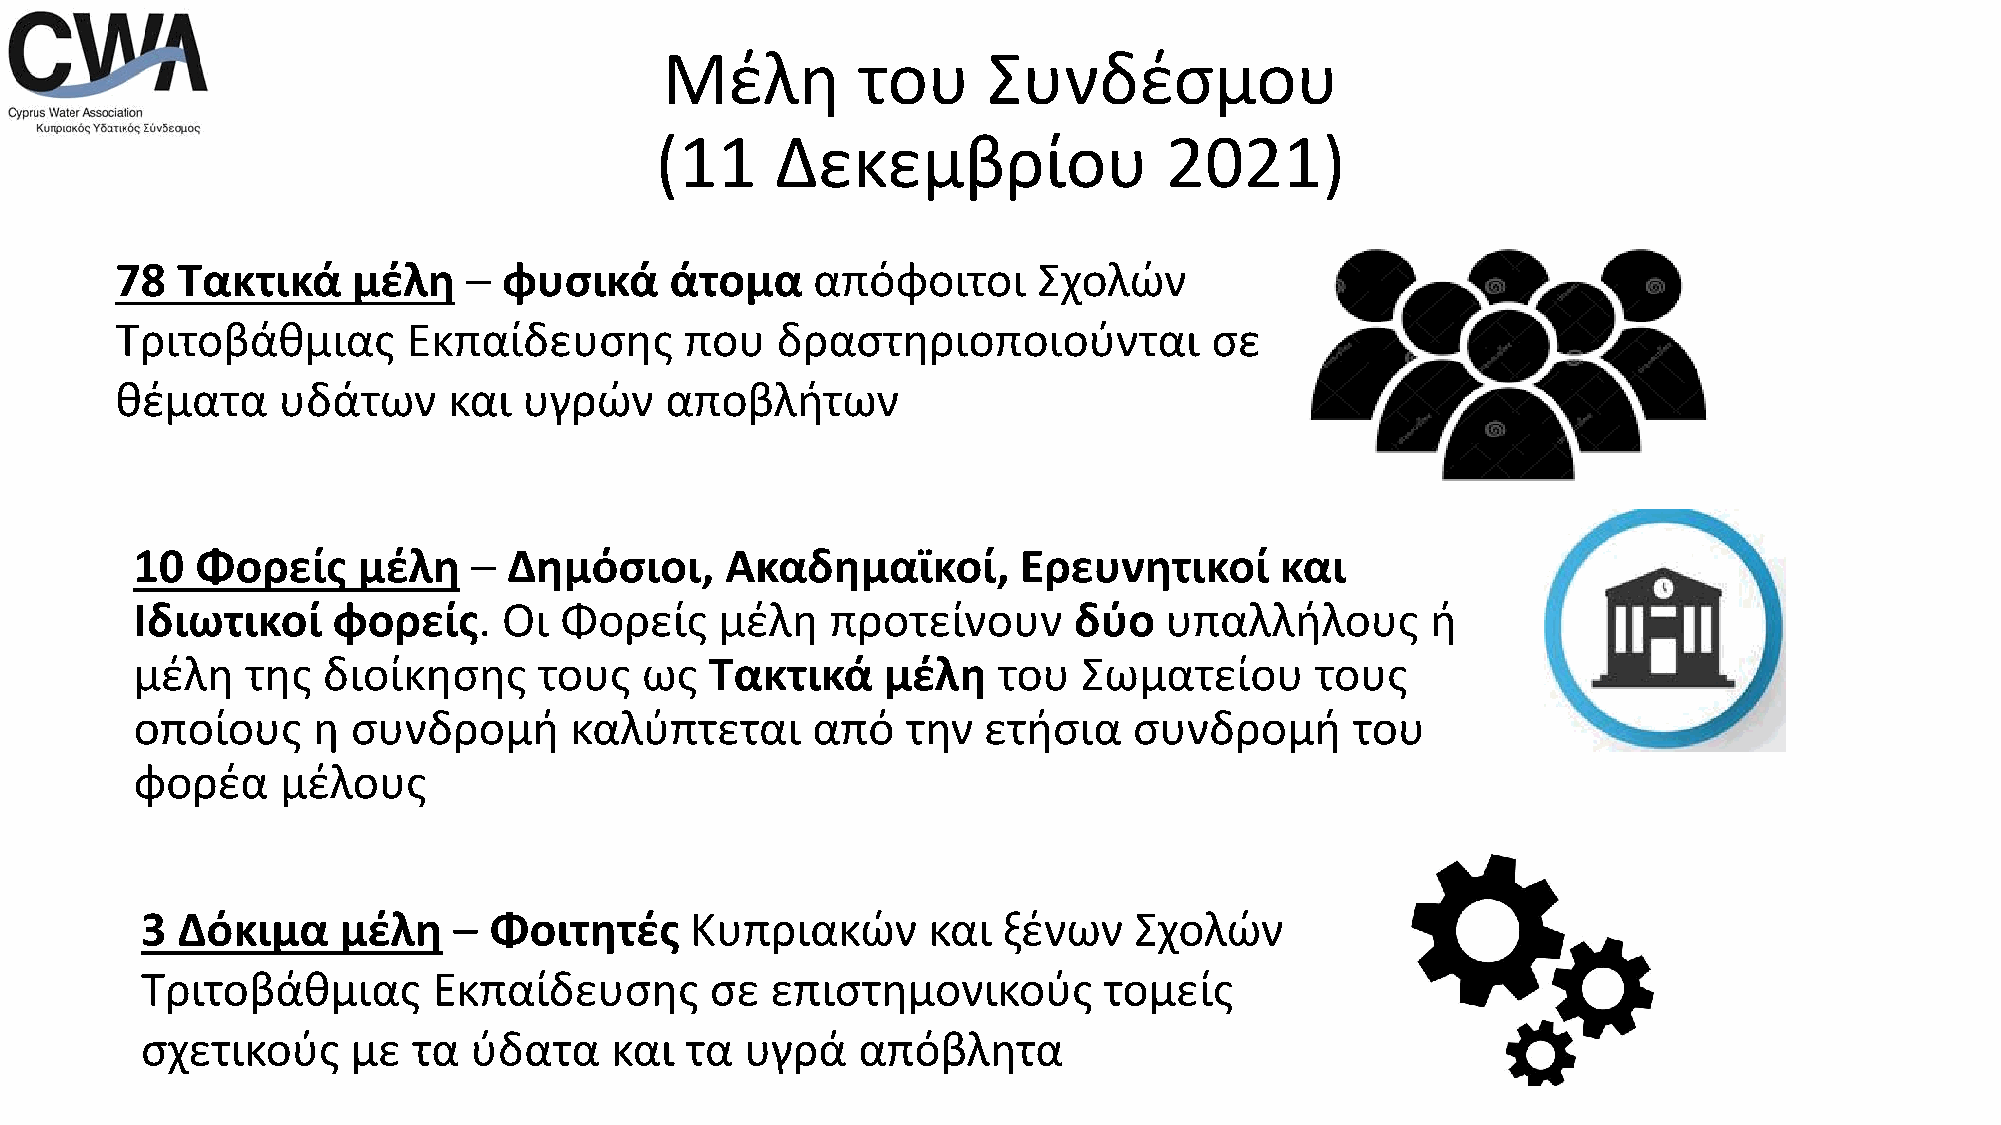
Μέλη         του     Συνδέσμου
 (11     Δεκεμβρίου                2021)
 78  Τακτικά    μέλη    – φυσικά     άτομα     απόφοιτοι      Σχολών
 Τριτοβάθμιας       Εκπαίδευσης       που   δραστηριοποιούνται           σε
 θέματα    υδάτων      και  υγρών    αποβλήτων
 10  Φορείς     μέλη   –  Δημόσιοι,     Ακαδημαϊκοί,       Ερευνητικοί       και
 Ιδιωτικοί    φορείς.    Οι  Φορείς     μέλη   προτείνουν      δύο   υπαλλήλους        ή
 μέλη   της  διοίκησης      τους  ως   Τακτικά    μέλη    του   Σωματείου      τους
 οποίους     η συνδρομή       καλύπτεται      από   την  ετήσια    συνδρομή       του
 φορέα     μέλους
 3  Δόκιμα    μέλη    – Φοιτητές      Κυπριακών      και  ξένων    Σχολών
 Τριτοβάθμιας        Εκπαίδευσης       σε  επιστημονικούς        τομείς
 σχετικούς     με  τα  ύδατα    και  τα  υγρά    απόβλητα